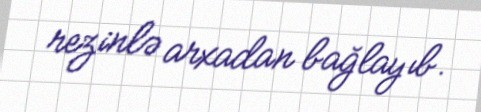
rezinlə arxadan bağlayıb.